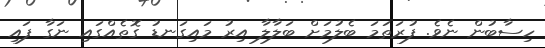
ހިސާބުން ނެވެ. ފުރަތަމަ ބެލުމަށް ބަލާލާ އިރު މައިގަނޑު ގޮތެއްގައި ނަގާ ފައި